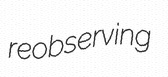
reobserving